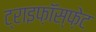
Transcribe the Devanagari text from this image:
ट्राइफ़ॉस्फ़ेट